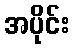
အပိုင်း